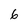
Character: 6